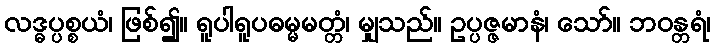
လဒ္ဓပ္ပစ္စယံ၊ ဖြစ်၍။ ရူပါရူပဓမ္မမတ္တံ၊ မျှသည်။ ဥပ္ပဇ္ဇမာနံ၊ သော်။ ဘဝန္တရံ၊